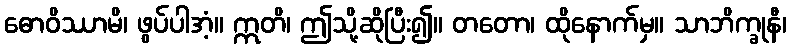
ဓောဝိဿာမိ၊ ဖွပ်ပါအံ့။ ဣတိ၊ ဤသို့ဆိုပြီး၍။ တတော၊ ထိုနောက်မှ။ သာဘိက္ခုနီ၊